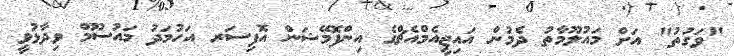
"ވަގުތު" އަށް މައުލޫމާތު ދެމުން އައިޖީއެމްއެޗްގެ އިންފޮމޭޝަން އޮފިސަރ އަހުމަދު މައުސޫމް ވިދާޅުވީ